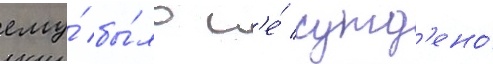
ему́ бы́ло н'е́ сужд'ено́